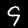
Label: 9